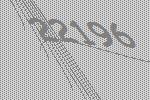
22196